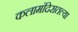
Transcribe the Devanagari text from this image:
कलामंदिरातल्या